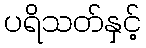
ပရိသတ်နှင့်